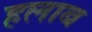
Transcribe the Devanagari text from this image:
हलाब